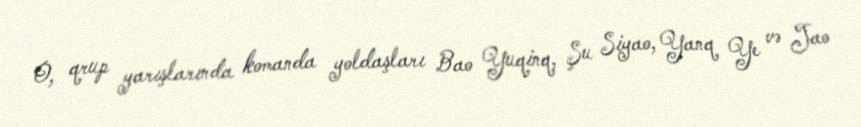
O, qrup yarışlarında komanda yoldaşları Bao Yuqinq, Şu Siyao, Yanq Ye və Jao